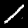
Label: 1